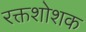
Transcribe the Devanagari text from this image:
रक्तशोशक